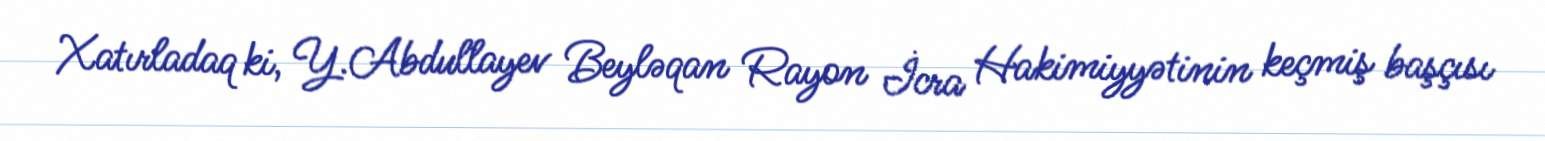
Xatırladaq ki, Y.Abdullayev Beyləqan Rayon İcra Hakimiyyətinin keçmiş başçısı